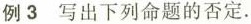
例3 写出下列命题的否定.